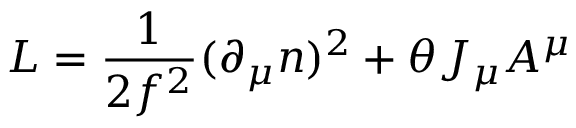
L = { \frac { 1 } { 2 { f } ^ { 2 } } } ( \partial _ { \mu } n ) ^ { 2 } + \theta J _ { { \mu } } A ^ { \mu }